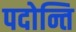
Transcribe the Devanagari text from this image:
पदोन्ति